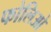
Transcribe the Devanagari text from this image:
फोलिओ